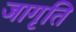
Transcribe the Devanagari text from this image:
जागृति